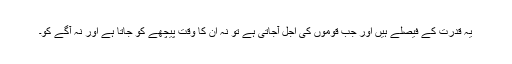
یہ قدرت کے فیصلے ہیں اور جب قوموں کی اجل آجاتی ہے تو نہ ان کا وقت پیچھے کو جاتا ہے اور نہ آگے کو۔